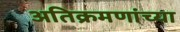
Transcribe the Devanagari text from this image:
अतिक्रमणांच्या